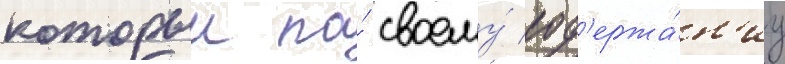
которыи по́ своему́ сод'ержа́н'иу